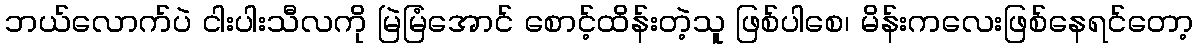
ဘယ်လောက်ပဲ ငါးပါးသီလကို မြဲမြံအောင် စောင့်ထိန်းတဲ့သူ ဖြစ်ပါစေ၊ မိန်းကလေးဖြစ်နေရင်တော့